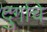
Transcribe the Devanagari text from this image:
दुर्गाचे